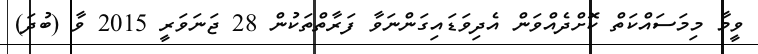
ވީމާ މިމަސައްކަތް ކޮށްދެއްވަން އެދިވަޑައިގަންނަވާ ފަރާތްތަކުން 28 ޖަނަވަރީ 2015 ވާ (ބުދަ)